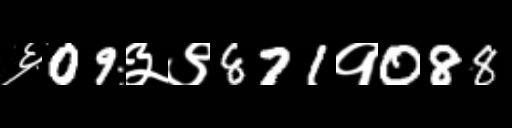
Text: ६09३९871१088